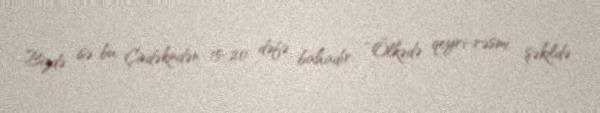
Bizdə isə bu, Çindəkindən 15-20 dəfə bahadır: “Ölkədə qeyri-rəsmi şəkildə